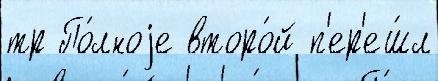
тр По́лноjе второ́й п'ер'еш́л